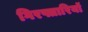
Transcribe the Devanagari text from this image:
गिरफ्तारियॉ